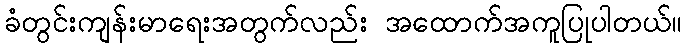
ခံတွင်းကျန်းမာရေးအတွက်လည်း အထောက်အကူပြုပါတယ်။